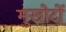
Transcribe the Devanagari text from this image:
मुखोटों